Report of the Bombay Veterinary College
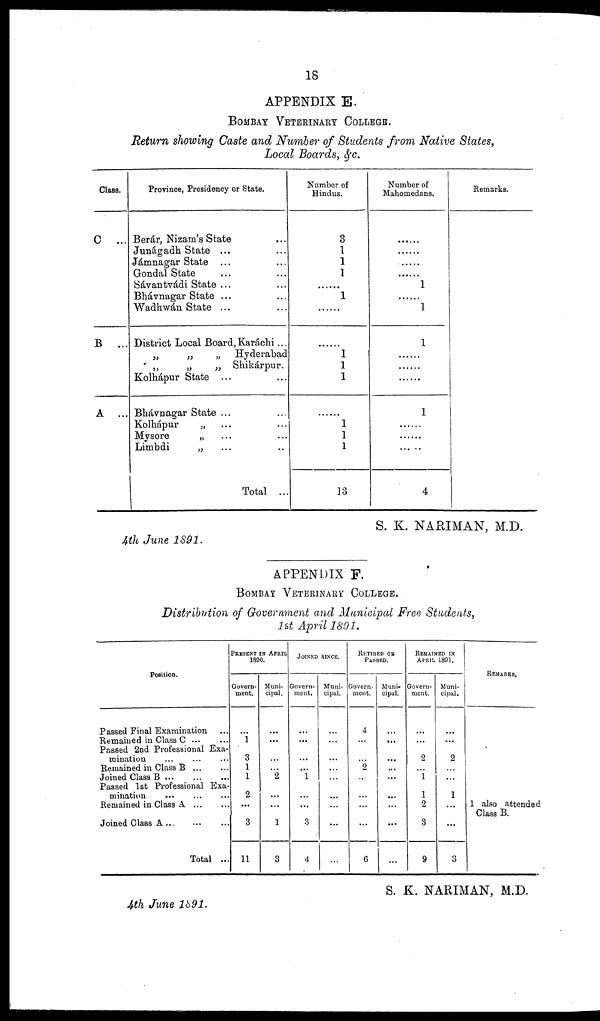
18
APPENDIX E.
BOMBAY VETERINARY COLLEGE.
Return showing Caste and Number of Students from Native States,
Local Boards, &c.
Class.
C
...
B
...
A
...
Province, Presidency or State.
Berár, Nizam's State ...
Junágadh State ... ...
Jámnagar State ... ...
Gondal State ... ...
Sávantvádi State ... ...
Bhávnagar State ... ...
Wadhwán State ... ...
District Local Board, Karáchi...
„
„
„
Hyderabad
„
„
„ Shikárpur.
Kolhápur State ... ...
Bhávnagar State ... ...
Kolhápur
„ ... ...
Mysore
„ ... ...
Limbdi
„ ... ...
Total ...
Number of
Hindus.
3
1
1
1
...
1
...
...
1
1
1
...
1
1
1
13
Number of
Mahomedans.
......
......
......
......
1
......
1
1
......
......
......
1
......
......
......
4
Remarks.
S. K. NARIMAN, M.D.
4th June 1891.
APPENDIX F.
BOMBAY VETERINARY COLLEGE.
Distribution of Government and Municipal Free Students,
1st April 1891.
Passed Final Examination ...
Remained in Class C ... ...
Passed 2nd Professional Exa-
mination
...
...
...
Remained in Class B ... ...
Joined Class B
...
...
Passed 1st Professional Exa-
mination ... ... ...
Remained in Class A ... ...
Joined Class A
...
...
...
Total ...
PRESENT IN APRIL
1890.
Govern-
ment.
...
1
3
1
1
2
...
3
11
Muni-
cipal.
...
...
...
...
2
...
...
1
3
JOINED SINCE.
Govern-
ment.
...
...
...
...
1
...
...
3
4
Muni-
cipal.
...
...
...
...
...
...
...
...
RETIRED OR
PASSED
Govern-
ment.
4
...
2
...
...
...
...
6
Muni-
cipal.
...
...
...
...
...
...
...
...
...
REMAINED IN
APRIL 1891.
Govern-
ment.
...
...
2
...
1
1
2
3
9
Muni-
cipal.
...
...
2
...
...
1
...
...
3
REMARKS.
1 also attended
Class B.
S. K. NARIMAN, M.D.
4th June 1891.